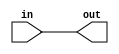
module m2014_q4h(
  input in,
  output out
);

  assign out = in;

endmodule